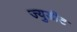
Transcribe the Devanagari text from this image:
ज्युडीट